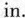
in.